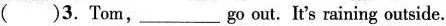
( )3.Tom,____go out. It's raining outside.